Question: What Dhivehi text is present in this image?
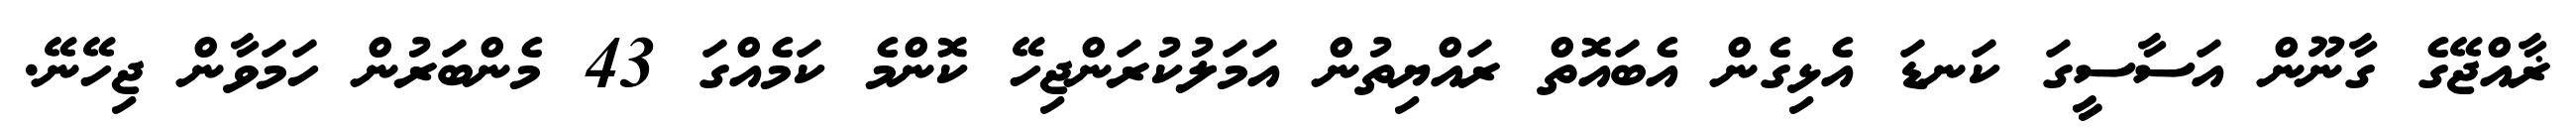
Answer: ޜާއްޖޭގެ ގާނޫން އަސާސީގަ ކަނޑަ އެޅިގެން އެބައޮތް ރައްޔިތުން އަމަލުކުރަންޖިހޭ ކޮންމެ ކަމެއްގަ 43 މެންބަރުން ހަމަވާން ޖިހޭނޭ.